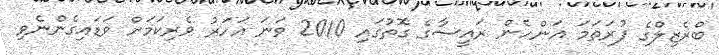
ބްރެޒިލްގެ ފުރަތަމަ އަންހެން ރައީސާގެ ގޮތުގައި 2010 ވަނަ އަހަރު ވެރިކަމަށް ވަޑައިގެންނެވި